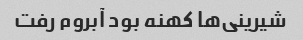
شیرینی‌ها کهنه بود آبروم رفت